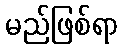
မည်ဖြစ်ရာ